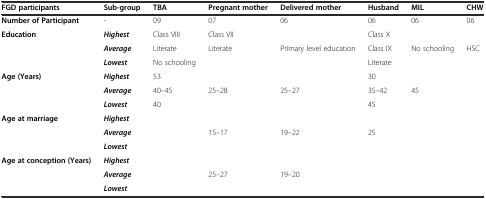
<table><thead><tr><td><b>FGD participants</b></td><td><b>Sub-group</b></td><td><b>TBA</b></td><td><b>Pregnant mother</b></td><td><b>Delivered mother</b></td><td><b>Husband</b></td><td><b>MIL</b></td><td><b>CHW</b></td></tr></thead><tbody><tr><td><b>Number of Participant</b></td><td>-</td><td>09</td><td>07</td><td>06</td><td>06</td><td>06</td><td>06</td></tr><tr><td rowspan="3"><b>Education</b></td><td><b><i>Highest</i></b></td><td>Class VIII</td><td>Class VII</td><td></td><td>Class X</td><td></td><td></td></tr><tr><td><b><i>Average</i></b></td><td>Literate</td><td>Literate</td><td>Primary level education</td><td>Class IX</td><td>No schooling</td><td>HSC</td></tr><tr><td><b><i>Lowest</i></b></td><td>No schooling</td><td></td><td></td><td>Literate</td><td></td><td></td></tr><tr><td rowspan="3"><b>Age (Years)</b></td><td><b><i>Highest</i></b></td><td>53</td><td></td><td></td><td>30</td><td></td><td></td></tr><tr><td><b><i>Average</i></b></td><td>40–45</td><td>25–28</td><td>25–27</td><td>35–42</td><td>45</td><td></td></tr><tr><td><b><i>Lowest</i></b></td><td>40</td><td></td><td></td><td>45</td><td></td><td></td></tr><tr><td rowspan="3"><b>Age at marriage</b></td><td><b><i>Highest</i></b></td><td></td><td></td><td></td><td></td><td></td><td></td></tr><tr><td><b><i>Average</i></b></td><td></td><td>15–17</td><td>19–22</td><td>25</td><td></td><td></td></tr><tr><td><b><i>Lowest</i></b></td><td></td><td></td><td></td><td></td><td></td><td></td></tr><tr><td rowspan="3"><b>Age at conception (Years)</b></td><td><b><i>Highest</i></b></td><td></td><td></td><td></td><td></td><td></td><td></td></tr><tr><td><b><i>Average</i></b></td><td></td><td>25–27</td><td>19–20</td><td></td><td></td><td></td></tr><tr><td><b><i>Lowest</i></b></td><td></td><td></td><td></td><td></td><td></td><td></td></tr></tbody></table>